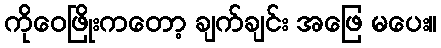
ကိုဝေဖြိုးကတော့ ချက်ချင်း အဖြေ မပေး။